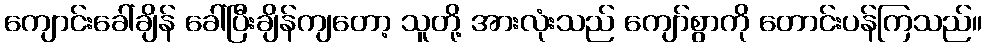
ကျောင်းခေါ်ချိန် ခေါ်ပြီးချိန်ကျတော့ သူတို့ အားလုံးသည် ကျော်စွာကို တောင်းပန်ကြသည်။